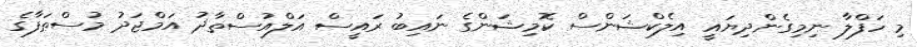
މި ހަފްލާ ނިމިގެންދިޔައީ އިލެކްޝަންސް ކޮމިޝަންގެ ނައިބު ރައީސް އަލްއުސްތާޛު އަމްޖަދު މުސްޠަފާގެ